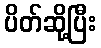
ပိတ်ဆို့ပြီး